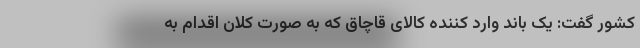
کشور گفت: یک باند وارد کننده کالای قاچاق که به صورت کلان اقدام به